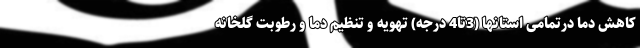
کاهش دما درتمامی استانها (3تا4 درجه) تهویه و تنظیم دما و رطوبت گلخانه